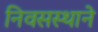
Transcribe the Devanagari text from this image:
निवसस्थाने